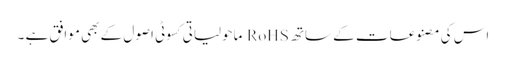
اس کی مصنوعات کے ساتھ RoHS ماحولیاتی کسوٹی اصول کے بھی موافق ہے ۔